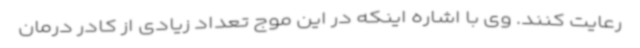
رعایت کنند. وی با اشاره اینکه در این موج تعداد زیادی از کادر درمان